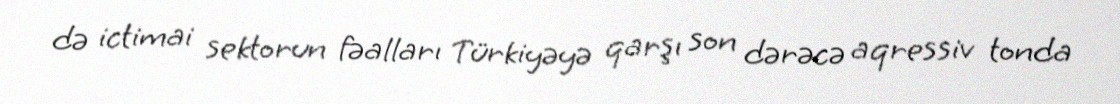
də ictimai sektorun fəalları Türkiyəyə qarşı son dərəcə aqressiv tonda